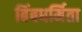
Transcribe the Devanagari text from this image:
बिंबधर्मिता